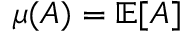
\mu ( A ) = \mathbb { E } [ A ]